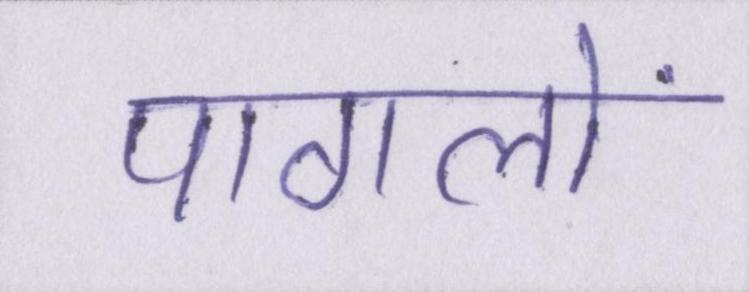
पागलों